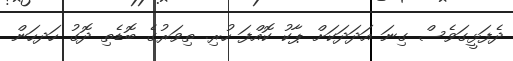
ދެފަޅީގަވެސް ގިނަ އަދަދަކަށް ޕާކު ކޮއްފަ ހުރި. ތިވަރުގެ ބޮޑެތި ދޮގު ހަދހަން